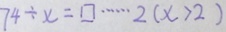
7 4 \div x = \square \cdots 2 ( x > 2 )